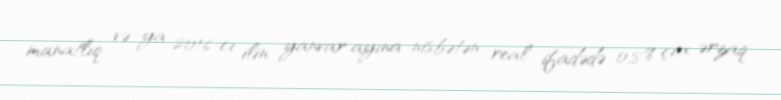
manatlıq və ya 2016-cı ilin yanvar ayına nisbətən real ifadədə 0,8% çox ərzaq